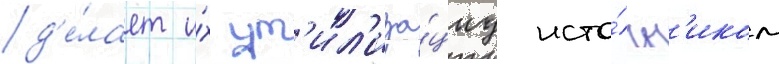
д'е́лает и́х ут'ил'иза́циу исто́чн'иком